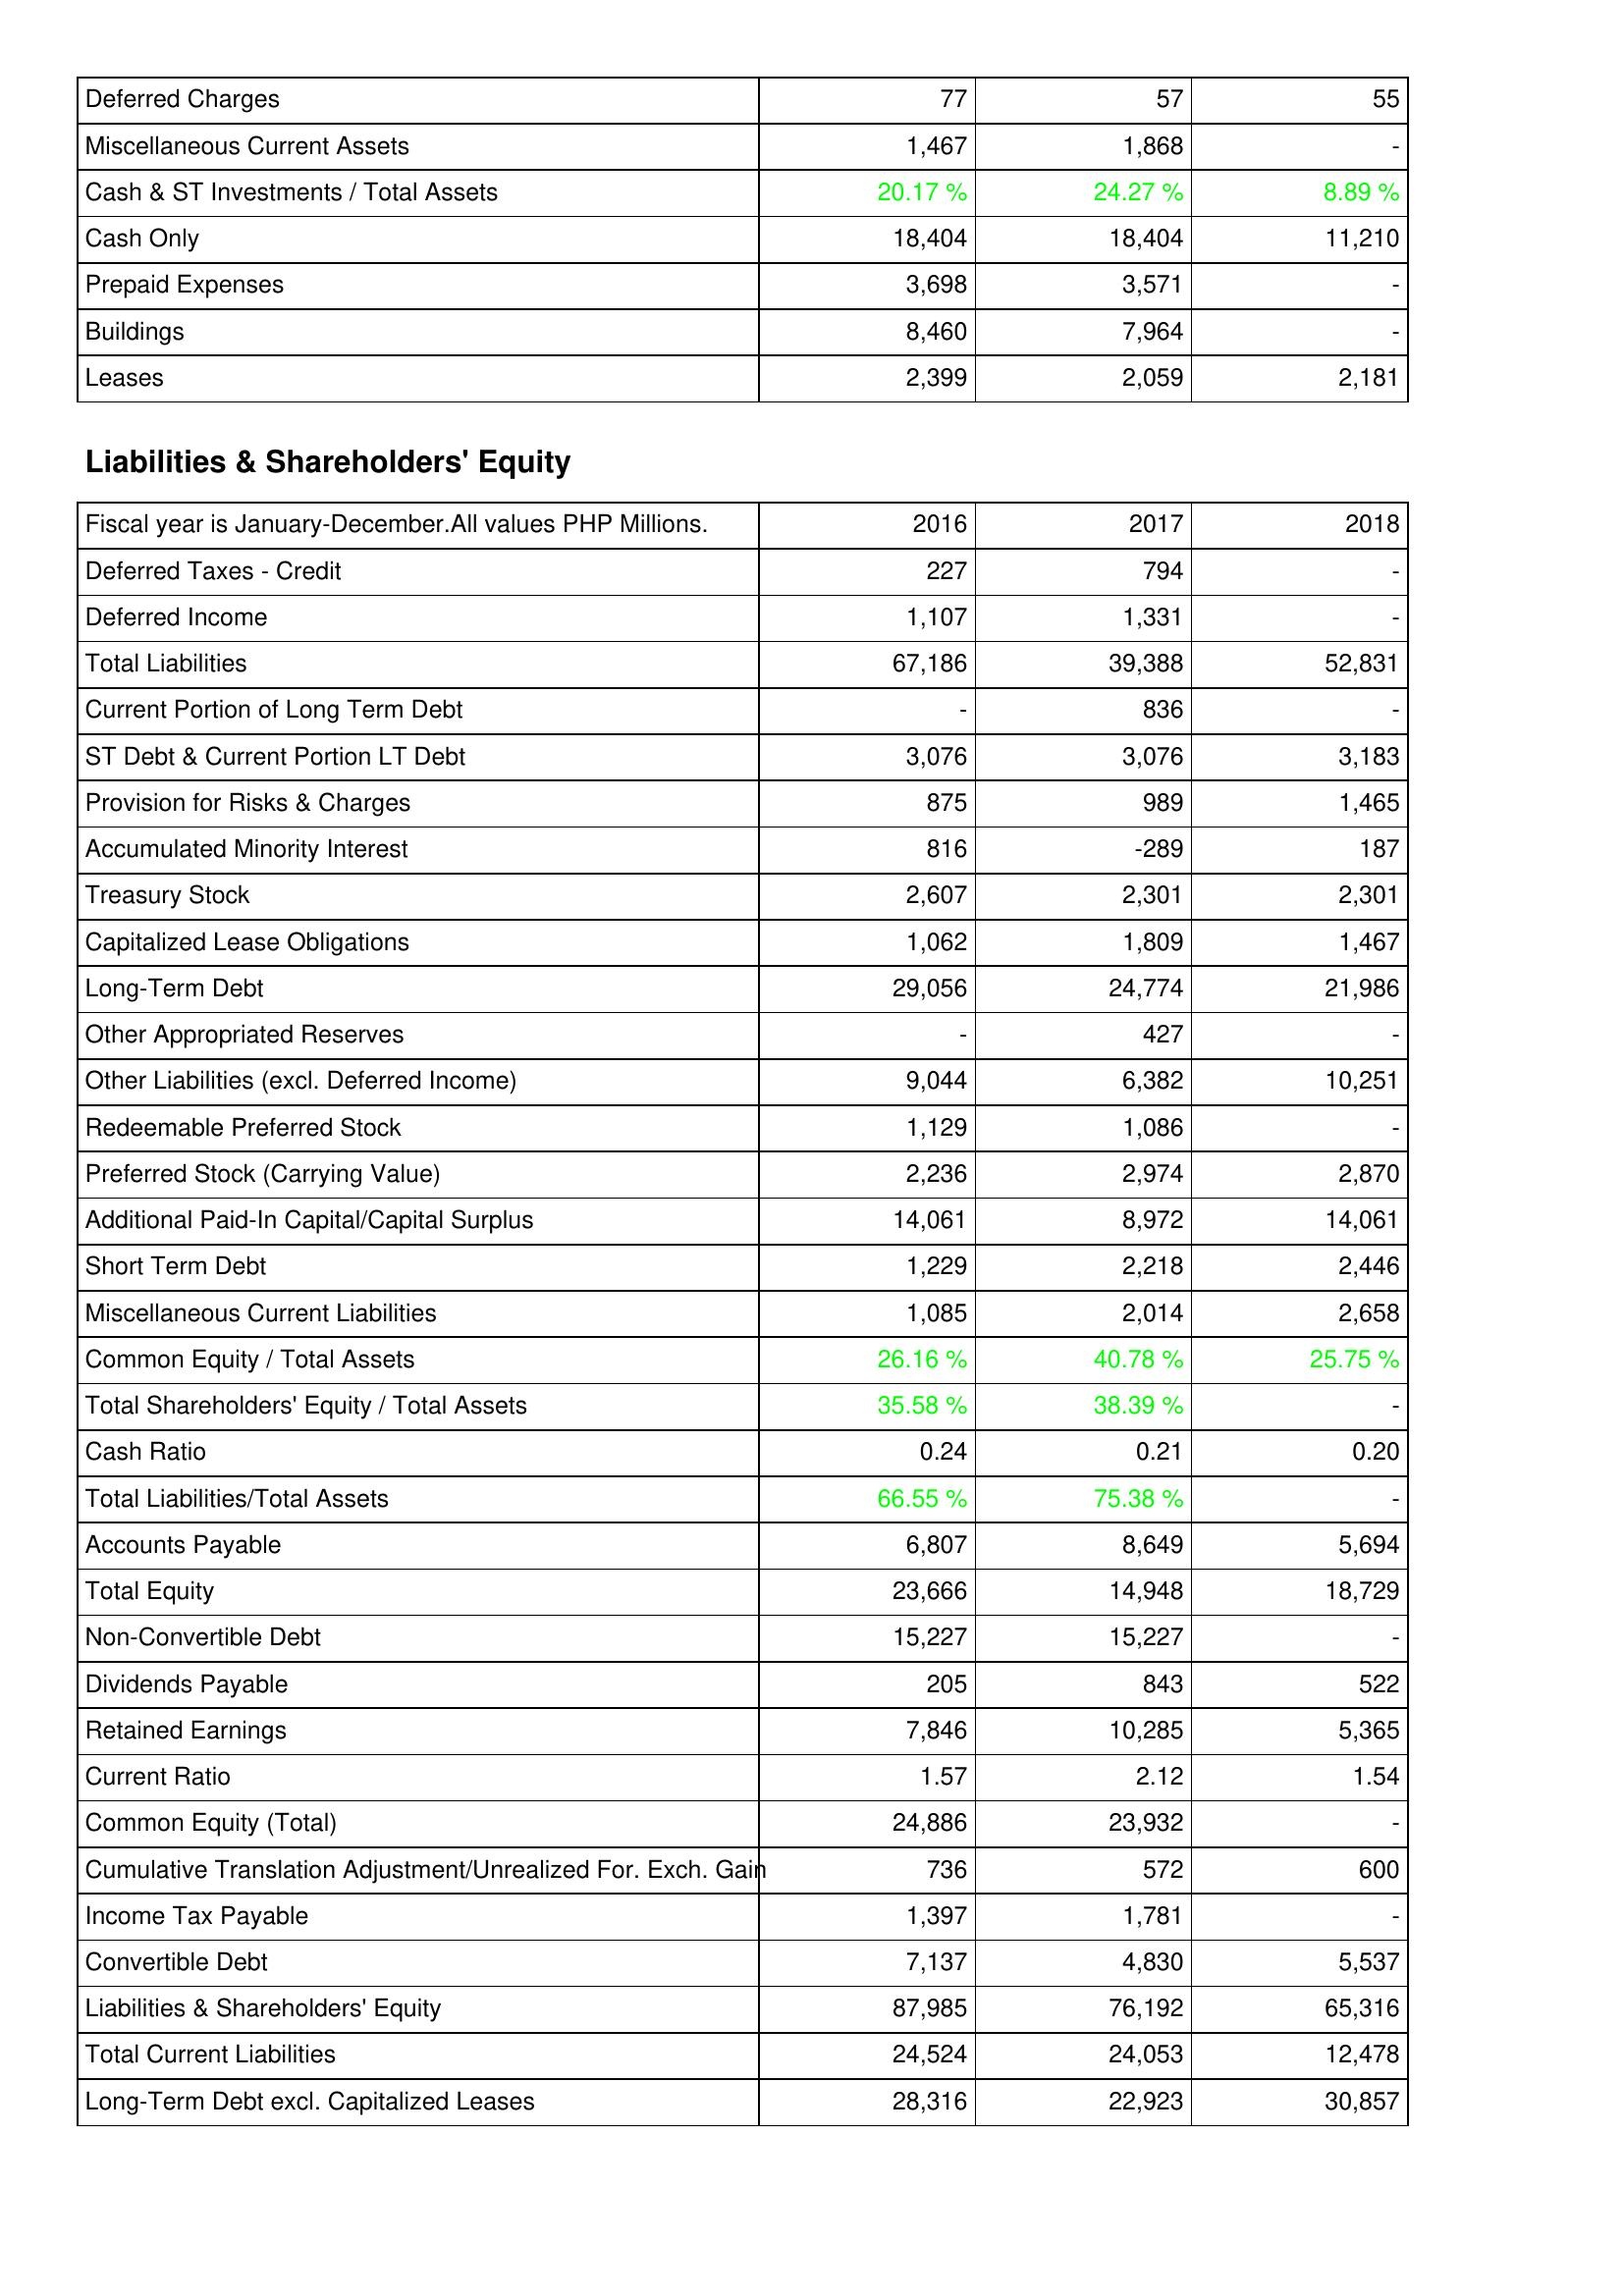
2016: Assets: Deferred Charges: 77
Miscellaneous Current Assets: 1,467
Cash & ST Investments / Total Assets: 20.17 %
Cash Only: 18,404
Prepaid Expenses: 3,698
Buildings: 8,460
Leases: 2,399
Liabilities & Shareholders' Equity: Deferred Taxes - Credit: 227
Deferred Income: 1,107
Total Liabilities: 67,186
Current Portion of Long Term Debt: -
ST Debt & Current Portion LT Debt: 3,076
Provision for Risks & Charges: 875
Accumulated Minority Interest: 816
Treasury Stock: 2,607
Capitalized Lease Obligations: 1,062
Long-Term Debt: 29,056
Other Appropriated Reserves: -
Other Liabilities (excl. Deferred Income): 9,044
Redeemable Preferred Stock: 1,129
Preferred Stock (Carrying Value): 2,236
Additional Paid-In Capital/Capital Surplus: 14,061
Short Term Debt: 1,229
Miscellaneous Current Liabilities: 1,085
Common Equity / Total Assets: 26.16 %
Total Shareholders' Equity / Total Assets: 35.58 %
Cash Ratio: 0.24
Total Liabilities/Total Assets: 66.55 %
Accounts Payable: 6,807
Total Equity: 23,666
Non-Convertible Debt: 15,227
Dividends Payable: 205
Retained Earnings: 7,846
Current Ratio: 1.57
Common Equity (Total): 24,886
Cumulative Translation Adjustment/Unrealized For. Exch. Gain: 736
Income Tax Payable: 1,397
Convertible Debt: 7,137
Liabilities & Shareholders' Equity: 87,985
Total Current Liabilities: 24,524
Long-Term Debt excl. Capitalized Leases: 28,316
2017: Assets: Deferred Charges: 57
Miscellaneous Current Assets: 1,868
Cash & ST Investments / Total Assets: 24.27 %
Cash Only: 18,404
Prepaid Expenses: 3,571
Buildings: 7,964
Leases: 2,059
Liabilities & Shareholders' Equity: Deferred Taxes - Credit: 794
Deferred Income: 1,331
Total Liabilities: 39,388
Current Portion of Long Term Debt: 836
ST Debt & Current Portion LT Debt: 3,076
Provision for Risks & Charges: 989
Accumulated Minority Interest: -289
Treasury Stock: 2,301
Capitalized Lease Obligations: 1,809
Long-Term Debt: 24,774
Other Appropriated Reserves: 427
Other Liabilities (excl. Deferred Income): 6,382
Redeemable Preferred Stock: 1,086
Preferred Stock (Carrying Value): 2,974
Additional Paid-In Capital/Capital Surplus: 8,972
Short Term Debt: 2,218
Miscellaneous Current Liabilities: 2,014
Common Equity / Total Assets: 40.78 %
Total Shareholders' Equity / Total Assets: 38.39 %
Cash Ratio: 0.21
Total Liabilities/Total Assets: 75.38 %
Accounts Payable: 8,649
Total Equity: 14,948
Non-Convertible Debt: 15,227
Dividends Payable: 843
Retained Earnings: 10,285
Current Ratio: 2.12
Common Equity (Total): 23,932
Cumulative Translation Adjustment/Unrealized For. Exch. Gain: 572
Income Tax Payable: 1,781
Convertible Debt: 4,830
Liabilities & Shareholders' Equity: 76,192
Total Current Liabilities: 24,053
Long-Term Debt excl. Capitalized Leases: 22,923
2018: Assets: Deferred Charges: 55
Miscellaneous Current Assets: -
Cash & ST Investments / Total Assets: 8.89 %
Cash Only: 11,210
Prepaid Expenses: -
Buildings: -
Leases: 2,181
Liabilities & Shareholders' Equity: Deferred Taxes - Credit: -
Deferred Income: -
Total Liabilities: 52,831
Current Portion of Long Term Debt: -
ST Debt & Current Portion LT Debt: 3,183
Provision for Risks & Charges: 1,465
Accumulated Minority Interest: 187
Treasury Stock: 2,301
Capitalized Lease Obligations: 1,467
Long-Term Debt: 21,986
Other Appropriated Reserves: -
Other Liabilities (excl. Deferred Income): 10,251
Redeemable Preferred Stock: -
Preferred Stock (Carrying Value): 2,870
Additional Paid-In Capital/Capital Surplus: 14,061
Short Term Debt: 2,446
Miscellaneous Current Liabilities: 2,658
Common Equity / Total Assets: 25.75 %
Total Shareholders' Equity / Total Assets: -
Cash Ratio: 0.20
Total Liabilities/Total Assets: -
Accounts Payable: 5,694
Total Equity: 18,729
Non-Convertible Debt: -
Dividends Payable: 522
Retained Earnings: 5,365
Current Ratio: 1.54
Common Equity (Total): -
Cumulative Translation Adjustment/Unrealized For. Exch. Gain: 600
Income Tax Payable: -
Convertible Debt: 5,537
Liabilities & Shareholders' Equity: 65,316
Total Current Liabilities: 12,478
Long-Term Debt excl. Capitalized Leases: 30,857